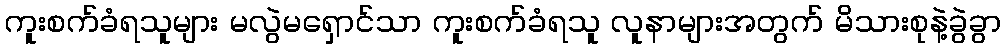
ကူးစက်ခံရသူများ မလွဲမရှောင်သာ ကူးစက်ခံရသူ လူနာများအတွက် မိသားစုနဲ့ခွဲခွာ